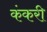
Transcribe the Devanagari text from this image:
कंकरी